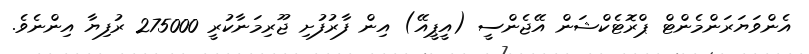
އެންވަޔަރަންމެންޓް ޕްރޮޓެކްޝަން އޭޖެންސީ (އީޕީއޭ) އިން ފާރުފުށި ޖޫރިމަނާކުރީ 275000 ރުފިޔާ އިންނެވެ.